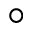
^ \circ